Annual administration report of the Civil Veterinary Department of India - 1893-1894
Year: 1893
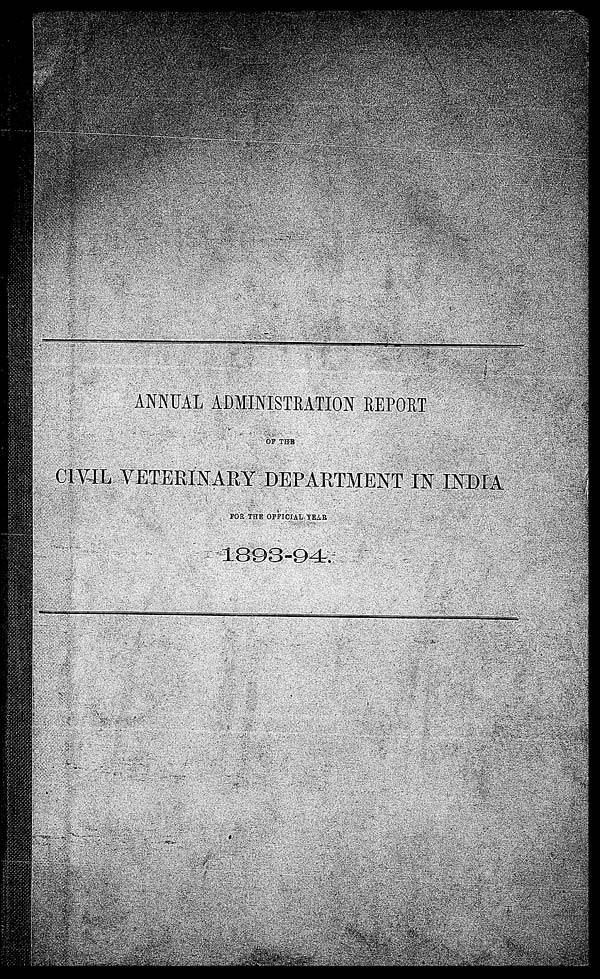
ANNUAL ADMINISTRATION REPORT
OF THE
CIVIL VETERINARY DEPARTMENT IN INDIA
FOR THE OFFICIAL YEAR.
1893-94.